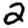
Digit: 2